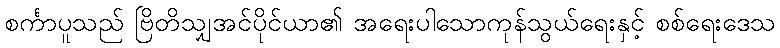
စင်္ကာပူသည် ဗြိတိသျှအင်ပိုင်ယာ၏ အရေးပါသောကုန်သွယ်ရေးနှင့် စစ်ရေးဒေသ